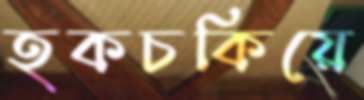
হকচকিয়ে